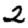
Digit: 2